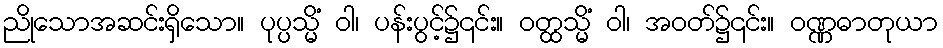
ညိုသောအဆင်းရှိသော။ ပုပ္ပသ္မိံ ဝါ၊ ပန်းပွင့်၌၎င်း။ ဝတ္ထသ္မိံ ဝါ၊ အဝတ်၌၎င်း။ ဝဏ္ဏဓာတုယာ